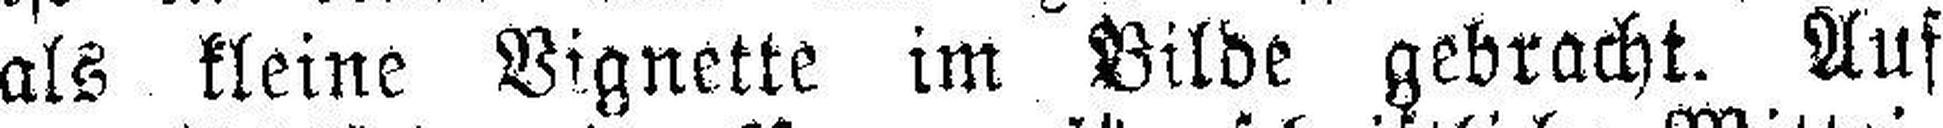
als kleine Vignette im Bilde gebracht. Auf